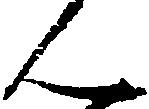
ん